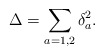
\begin{align*}\Delta = \sum _{a=1,2} \delta _{a}^{2}.\end{align*}